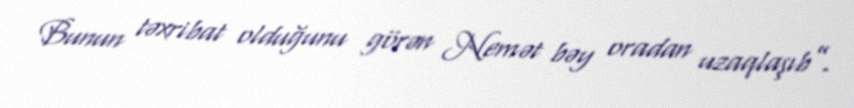
Bunun təxribat olduğunu görən Nemət bəy oradan uzaqlaşıb”.